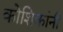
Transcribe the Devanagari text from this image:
कोशिकांनी